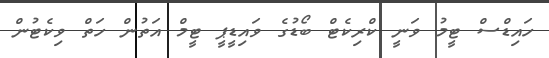
ހައިޑްސް ޓީމު ވަނީ ކްރިކެޓް ބޯޑުގެ ވައިޑީޕީ ޓީމް އަތުން ހަތް ވިކެޓުން